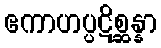
ဧကာဟပ္ပဋိစ္ဆန္နာ